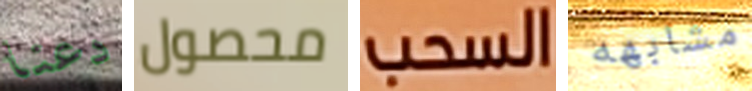
دعنا محصول السحب مشابهه